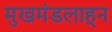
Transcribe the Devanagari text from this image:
मुखमंडलाहून